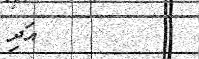
١٩         އަދި